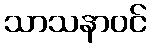
သာသနာဝင်